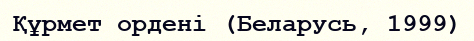
Құрмет ордені (Беларусь, 1999)